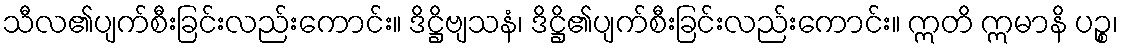
သီလ၏ပျက်စီးခြင်းလည်းကောင်း။ ဒိဋ္ဌိဗျသနံ၊ ဒိဋ္ဌိ၏ပျက်စီးခြင်းလည်းကောင်း။ ဣတိ ဣမာနိ ပဉ္စ၊